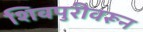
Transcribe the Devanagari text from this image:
शिवपुरीवरून